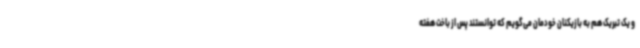
و یک تبریک هم به بازیکنان خودمان می‌گویم که توانستند پس از باخت هفته